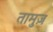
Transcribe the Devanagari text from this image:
तामुज़